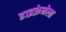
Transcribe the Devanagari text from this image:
डाइक्रेनेला